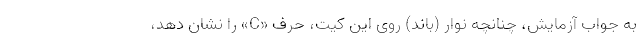
به جواب آزمایش، چنانچه نوار (باندِ) روی این کیت، حرف «C» را نشان دهد،